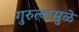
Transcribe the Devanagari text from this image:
गुरुत्वामुळे